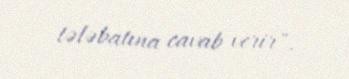
tələbatına cavab verir".